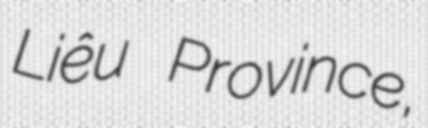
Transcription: Liêu Province,